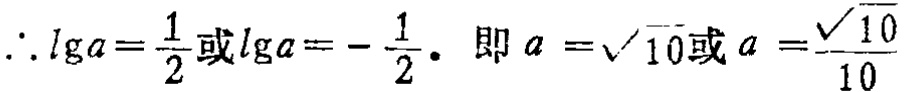
\(\therefore \lg a=\frac{1}{2}或\lg a = -\frac{1}{2}. 即a = \sqrt{10}或a=\frac{\sqrt{10}}{10}\)